Annual report of the Punjab Veterinary College and of the Civil Veterinary Department, Punjab - 1894-1908
Year: 1894
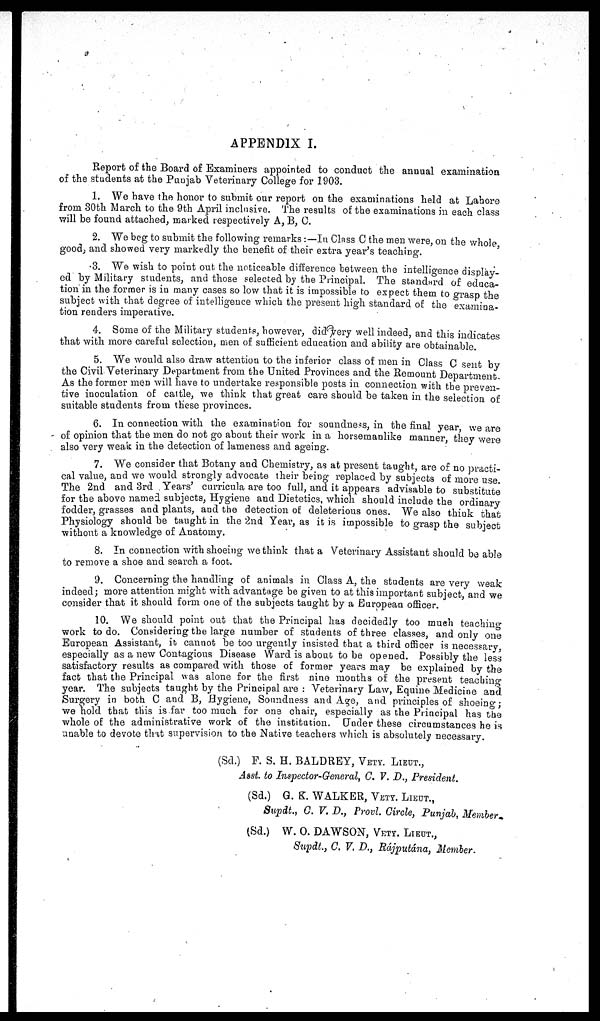
APPENDIX I.
Report of the Board of Examiners appointed to conduct the annual examination
of the students at the Punjab Veterinary College for 1903.
1. We have the honor to submit our report on the examinations held at Lahore
from 30th March to the 9th April inclusive. The results of the examinations in each class
will be found attached, marked respectively A, B, C.
2. We beg to submit the following remarks :—In Class C the men were, on the whole
good, and showed very markedly the benefit of their extra year's teaching.
3. We wish to point out the noticeable difference between the intelligence display-
ed by Military students, and those selected by the Principal. The standard of educa-
tion in the former is in many cases so low that it is impossible to expect them to grasp the
subject with that degree of intelligence which the present high standard of the examina-
tion renders imperative.
4. Some of the Military students, however, did very well indeed, and this indicates
that with more careful selection, men of sufficient education and ability are obtainable
5. We would also draw attention to the inferior class of men in Class C sent by
the Civil Veterinary Department from the United Provinces and the Remount Department
As the former men will have to undertake responsible posts in connection with the preven-
tive inoculation of cattle, we think that great care should be taken in the selection of
suitable students from these provinces.
6. In connection with the examination for soundness, in the final year we are
of opinion that the men do not go about their work in a horsemanlike manner, they were
also very weak in the detection of lameness and ageing.
7. We consider that Botany and Chemistry, as at present taught, are of no practi-
cal value, and we would strongly advocate their being replaced by subjects of more use
The 2nd and 3rd Years' curricula are too full, and it appears advisable to substitute
for the above named subjects, Hygiene and Dietetics, which should include the ordinary
fodder, grasses and plants, and the detection of deleterious ones. We also think that
Physiology should be taught in the 2nd Year, as it is impossible to grasp the subject
without a knowledge of Anatomy.
8. In connection with shoeing we think that a Veterinary Assistant should be able
to remove a shoe and search a foot.
9. Concerning the handling of animals in Class A, the students are very weak
indeed; more attention might with advantage be given to at this important subject, and we
consider that it should form one of the subjects taught by a European officer.
10. We should point out that the Principal has decidedly too much teaching
work to do. Considering the large number of students of three classes, and only one
European Assistant, it cannot be too urgently insisted that a third officer is necessary
especially as a new Contagious Disease Ward is about to be opened. Possibly the less
satisfactory results as compared with those of former years may be explained by the
fact that the Principal was alone for the first nine months of the present teaching
year. The subjects taught by the Principal are : Veterinary Law, Equine Medicine and
Surgery in both C and B, Hygiene, Soundness and Age, and principles of shoeing;
we hold that this is far too much for one chair, especially as the Principal has the
whole of the administrative work of the institution. Under these circumstances he is
unable to devote that supervision to the Native teachers which is absolutely necessary.
(Sd.) F. S. H. BALDREY, VETY. LIEUT.,
Asst. to Inspector-General, C. V. D., President.
(Sd.) G. K. WALKER, VETY. LIEUT.,
Supdt., C. V. D., Provl. Circle, Punjab, Member-
(Sd.)
W. O. DAWSON, VETY. LIEUT.,
Supdt., C. V. D., Rájputána, Member.